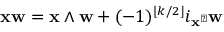
\mathbf { x w } = \mathbf { x } \wedge \mathbf { w } + ( - 1 ) ^ { \lfloor k / 2 \rfloor } i _ { \mathbf { x } ^ { \flat } } \mathbf { w }